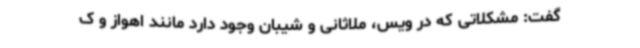
گفت: مشکلاتی که در ویس، ملاثانی و شیبان وجود دارد مانند اهواز و ک